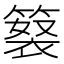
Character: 𥲘